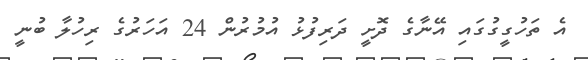
އެ ތަހުގީގުގައި އޭނާގެ ދޮށީ ދަރިފުޅު އުމުރުން 24 އަހަރުގެ ރިހުލާ ބުނީ